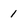
Character: 1